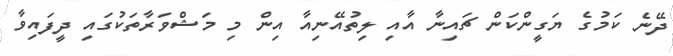
ދޭނެ ކަމުގެ ޔަގީންކަން ޗައިނާ އާއި ލިތުއޭނިއާ އިން މި މަޝްވަރާތަކުގައި ދީފައިވާ